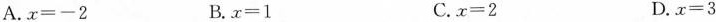
A.$$x=-2$$ B.$$x=1$$ C.$$x=2$$ D.$$x=3$$